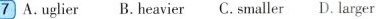
7 A.uglier B. heavier C. smaller D. larger